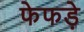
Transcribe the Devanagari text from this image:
फेफडे़